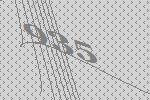
935